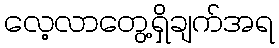
လေ့လာတွေ့ရှိချက်အရ